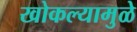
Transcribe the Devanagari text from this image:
खोकल्यामुळे